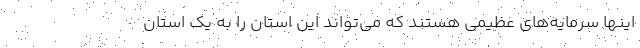
اینها سرمایه‌های عظیمی هستند که می‌تواند این استان را به یک استان